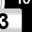
Digit: 3